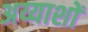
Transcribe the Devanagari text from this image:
अय्याशों